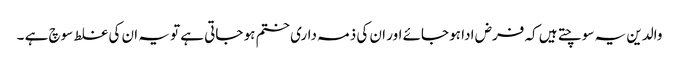
والدین یہ سوچتے ہیں کہ فرض ادا ہو جائے اور ان کی ذمہ داری ختم ہو جاتی ہے تو یہ ان کی غلط سوچ ہے ۔